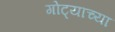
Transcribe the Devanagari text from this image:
गोट्याच्या